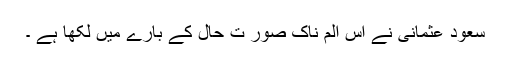
سعود عثمانی نے اس الم ناک صور ت حال کے بارے میں لکھا ہے ۔